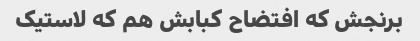
برنجش که افتضاح کبابش هم که لاستیک